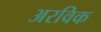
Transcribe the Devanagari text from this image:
अरविक